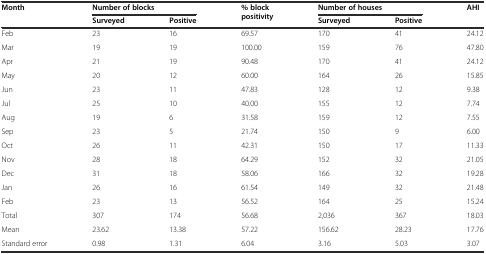
<table><thead><tr><td rowspan="2"><b>Month</b></td><td colspan="2"><b>Number of blocks</b></td><td rowspan="2"><b>% block positivity</b></td><td colspan="2"><b>Number of houses</b></td><td rowspan="2"><b>AHI</b></td></tr><tr><td><b>Surveyed</b></td><td><b>Positive</b></td><td><b>Surveyed</b></td><td><b>Positive</b></td></tr></thead><tbody><tr><td>Feb</td><td>23</td><td>16</td><td>69.57</td><td>170</td><td>41</td><td>24.12</td></tr><tr><td>Mar</td><td>19</td><td>19</td><td>100.00</td><td>159</td><td>76</td><td>47.80</td></tr><tr><td>Apr</td><td>21</td><td>19</td><td>90.48</td><td>170</td><td>41</td><td>24.12</td></tr><tr><td>May</td><td>20</td><td>12</td><td>60.00</td><td>164</td><td>26</td><td>15.85</td></tr><tr><td>Jun</td><td>23</td><td>11</td><td>47.83</td><td>128</td><td>12</td><td>9.38</td></tr><tr><td>Jul</td><td>25</td><td>10</td><td>40.00</td><td>155</td><td>12</td><td>7.74</td></tr><tr><td>Aug</td><td>19</td><td>6</td><td>31.58</td><td>159</td><td>12</td><td>7.55</td></tr><tr><td>Sep</td><td>23</td><td>5</td><td>21.74</td><td>150</td><td>9</td><td>6.00</td></tr><tr><td>Oct</td><td>26</td><td>11</td><td>42.31</td><td>150</td><td>17</td><td>11.33</td></tr><tr><td>Nov</td><td>28</td><td>18</td><td>64.29</td><td>152</td><td>32</td><td>21.05</td></tr><tr><td>Dec</td><td>31</td><td>18</td><td>58.06</td><td>166</td><td>32</td><td>19.28</td></tr><tr><td>Jan</td><td>26</td><td>16</td><td>61.54</td><td>149</td><td>32</td><td>21.48</td></tr><tr><td>Feb</td><td>23</td><td>13</td><td>56.52</td><td>164</td><td>25</td><td>15.24</td></tr><tr><td>Total</td><td>307</td><td>174</td><td>56.68</td><td>2,036</td><td>367</td><td>18.03</td></tr><tr><td>Mean</td><td>23.62</td><td>13.38</td><td>57.22</td><td>156.62</td><td>28.23</td><td>17.76</td></tr><tr><td>Standard error</td><td>0.98</td><td>1.31</td><td>6.04</td><td>3.16</td><td>5.03</td><td>3.07</td></tr></tbody></table>